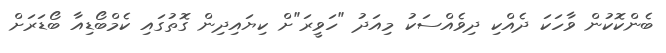
ބެންކޮކުން ވާހަކަ ދެއްކި ދިވެއްސަކު މިއަދު "ހަވީރަ"ށް ކިޔައިދިން ގޮތުގައި ކެމްބޯޑިއާ ބޯޑަރަށް